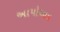
અાપોઆપ